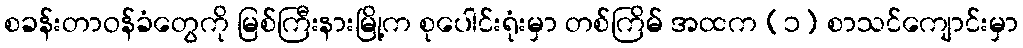
စခန်းတာဝန်ခံတွေကို မြစ်ကြီးနားမြို့က စုပေါင်းရုံးမှာ တစ်ကြိမ် အထက (၁) စာသင်ကျောင်းမှာ